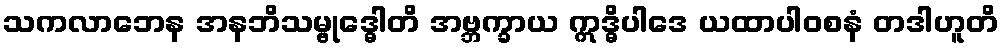
သကလာဘေန အနဘိသမ္ဗုဒ္ဓေါတိ အဗ္ဘက္ခာယ ဣဒ္ဓိပါဒေ ယထာပါဝစနံ တဒါဟူတိ